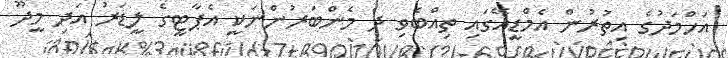
އަހްމަދުގެ އިތުރުން އެމްޑީއޭގައި ތިއްބެވި ދެ މެންބަރުންނަކީ އެޕާޓީގެ ލީޑަރު އަދި މީދޫ